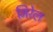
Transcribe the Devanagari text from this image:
मिरेल